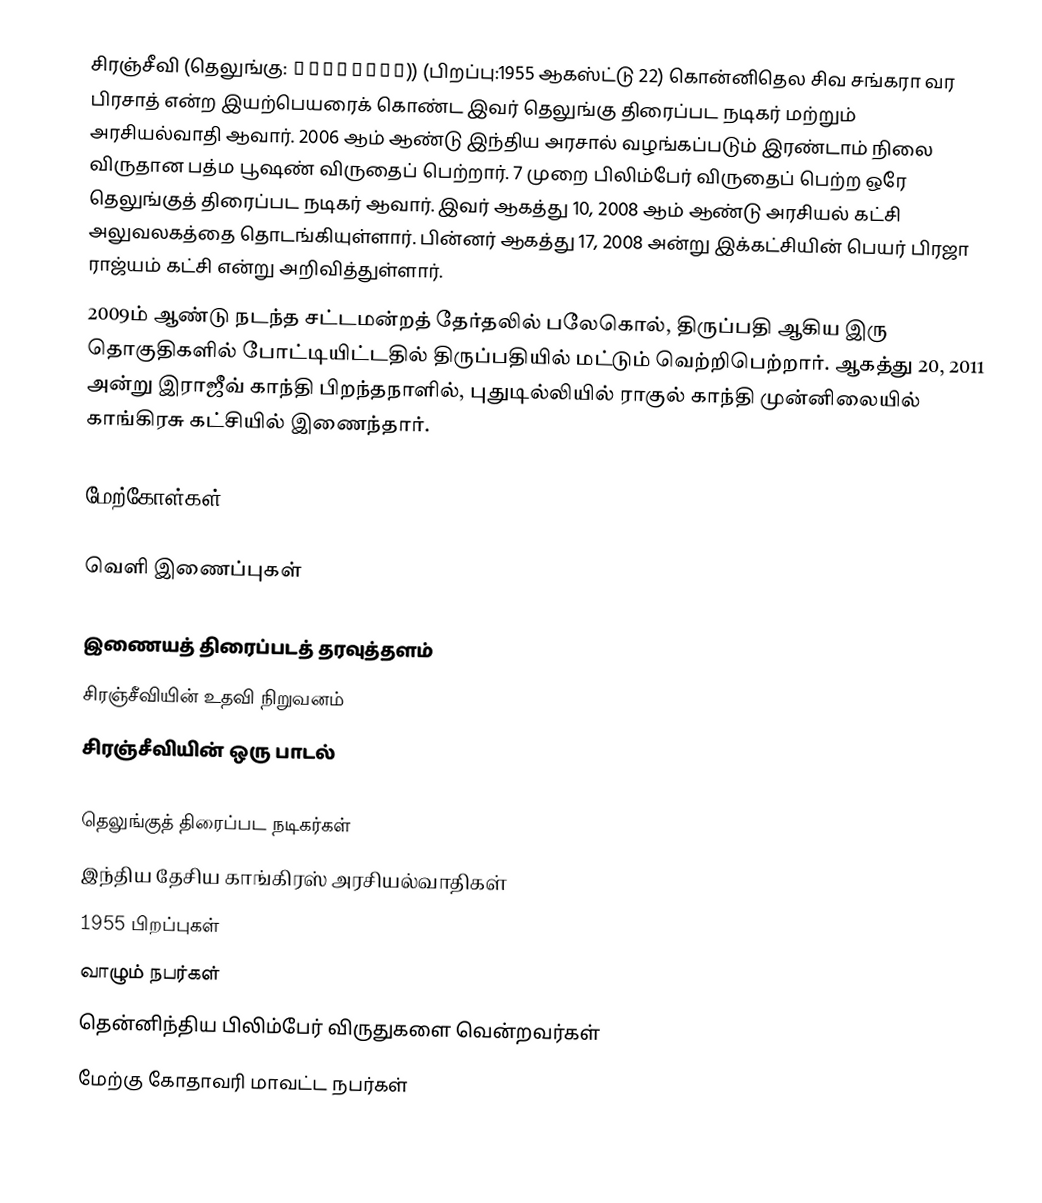
சிரஞ்சீவி (தெலுங்கு: చిరంజీవి)) (பிறப்பு:1955 ஆகஸ்ட்டு 22) கொன்னிதெல சிவ சங்கரா வர பிரசாத்  என்ற இயற்பெயரைக் கொண்ட இவர் தெலுங்கு திரைப்பட நடிகர் மற்றும் அரசியல்வாதி ஆவார். 2006 ஆம் ஆண்டு இந்திய அரசால் வழங்கப்படும் இரண்டாம் நிலை விருதான பத்ம பூஷண் விருதைப் பெற்றார். 7 முறை பிலிம்பேர் விருதைப் பெற்ற ஒரே தெலுங்குத் திரைப்பட நடிகர் ஆவார். இவர் ஆகத்து 10, 2008 ஆம்  ஆண்டு அரசியல் கட்சி அலுவலகத்தை தொடங்கியுள்ளார். பின்னர் ஆகத்து 17, 2008 அன்று இக்கட்சியின் பெயர் பிரஜா ராஜ்யம் கட்சி என்று அறிவித்துள்ளார்.
2009ம் ஆண்டு நடந்த சட்டமன்றத் தேர்தலில் பலேகொல், திருப்பதி ஆகிய இரு தொகுதிகளில் போட்டியிட்டதில் திருப்பதியில் மட்டும் வெற்றிபெற்றார். ஆகத்து 20, 2011 அன்று இராஜீவ் காந்தி பிறந்தநாளில், புதுடில்லியில் ராகுல் காந்தி முன்னிலையில் காங்கிரசு கட்சியில் இணைந்தார்.

மேற்கோள்கள்

வெளி இணைப்புகள்

 இணையத் திரைப்படத் தரவுத்தளம்
 சிரஞ்சீவியின் உதவி நிறுவனம்
 சிரஞ்சீவியின் ஒரு பாடல்

தெலுங்குத் திரைப்பட நடிகர்கள்
இந்திய தேசிய காங்கிரஸ் அரசியல்வாதிகள்
1955 பிறப்புகள்
வாழும் நபர்கள்
தென்னிந்திய பிலிம்பேர் விருதுகளை வென்றவர்கள்
மேற்கு கோதாவரி மாவட்ட நபர்கள்